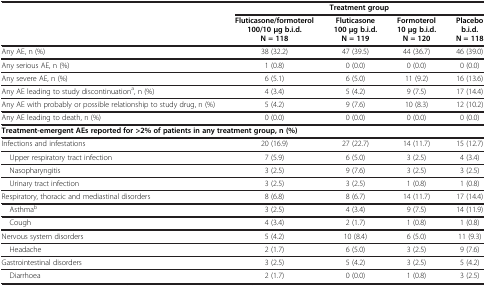
<table><thead><tr><td><b> </b></td><td colspan="4"><b>Treatment group</b></td></tr><tr><td><b> </b></td><td><b>Fluticasone/formoterol 100/10 μg b.i.d. N = 118</b></td><td><b>Fluticasone 100 μg b.i.d. N = 119</b></td><td><b>Formoterol 10 μg b.i.d. N = 120</b></td><td><b>Placebo b.i.d. N = 118</b></td></tr></thead><tbody><tr><td>Any AE, n (%)</td><td>38 (32.2)</td><td>47 (39.5)</td><td>44 (36.7)</td><td>46 (39.0)</td></tr><tr><td>Any serious AE, n (%)</td><td>1 (0.8)</td><td>0 (0.0)</td><td>0 (0.0)</td><td>0 (0.0)</td></tr><tr><td>Any severe AE, n (%)</td><td>6 (5.1)</td><td>6 (5.0)</td><td>11 (9.2)</td><td>16 (13.6)</td></tr><tr><td>Any AE leading to study discontinuation<sup>a</sup>, n (%)</td><td>4 (3.4)</td><td>5 (4.2)</td><td>9 (7.5)</td><td>17 (14.4)</td></tr><tr><td>Any AE with probably or possible relationship to study drug, n (%)</td><td>5 (4.2)</td><td>9 (7.6)</td><td>10 (8.3)</td><td>12 (10.2)</td></tr><tr><td>Any AE leading to death, n (%)</td><td>0 (0.0)</td><td>0 (0.0)</td><td>0 (0.0)</td><td>0 (0.0)</td></tr><tr><td colspan="5"><b>Treatment-emergent AEs reported for &gt;2% of patients in any treatment group, n (%)</b></td></tr><tr><td>Infections and infestations</td><td>20 (16.9)</td><td>27 (22.7)</td><td>14 (11.7)</td><td>15 (12.7)</td></tr><tr><td> Upper respiratory tract infection</td><td>7 (5.9)</td><td>6 (5.0)</td><td>3 (2.5)</td><td>4 (3.4)</td></tr><tr><td> Nasopharyngitis</td><td>3 (2.5)</td><td>9 (7.6)</td><td>3 (2.5)</td><td>3 (2.5)</td></tr><tr><td> Urinary tract infection</td><td>3 (2.5)</td><td>3 (2.5)</td><td>1 (0.8)</td><td>1 (0.8)</td></tr><tr><td>Respiratory, thoracic and mediastinal disorders</td><td>8 (6.8)</td><td>8 (6.7)</td><td>14 (11.7)</td><td>17 (14.4)</td></tr><tr><td> Asthma<sup>b</sup></td><td>3 (2.5)</td><td>4 (3.4)</td><td>9 (7.5)</td><td>14 (11.9)</td></tr><tr><td> Cough</td><td>4 (3.4)</td><td>2 (1.7)</td><td>1 (0.8)</td><td>1 (0.8)</td></tr><tr><td>Nervous system disorders</td><td>5 (4.2)</td><td>10 (8.4)</td><td>6 (5.0)</td><td>11 (9.3)</td></tr><tr><td> Headache</td><td>2 (1.7)</td><td>6 (5.0)</td><td>3 (2.5)</td><td>9 (7.6)</td></tr><tr><td>Gastrointestinal disorders</td><td>3 (2.5)</td><td>5 (4.2)</td><td>3 (2.5)</td><td>5 (4.2)</td></tr><tr><td> Diarrhoea</td><td>2 (1.7)</td><td>0 (0.0)</td><td>1 (0.8)</td><td>3 (2.5)</td></tr></tbody></table>